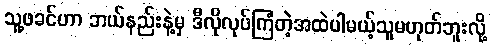
သူ့ဖခင်ဟာ ဘယ်နည်းနဲ့မှ ဒီလိုလုပ်ကြံတဲ့အထဲပါမယ့်သူမဟုတ်ဘူးလို့